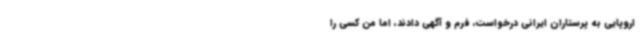
اروپایی به پرستاران ایرانی درخواست، فرم و آگهی دادند، اما من کسی را